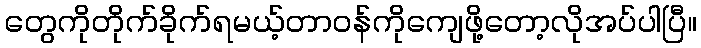
တွေကိုတိုက်ခိုက်ရမယ့်တာဝန်ကိုကျေဖို့တော့လိုအပ်ပါပြီ။